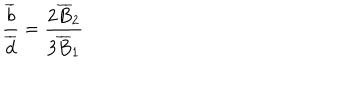
\frac { \overline { { { b } } } } { \overline { { { d } } } } = \frac { 2 \overline { { { B } } } _ { 2 } } { 3 \overline { { { B } } } _ { 1 } }